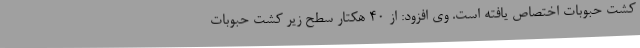
کشت حبوبات اختصاص یافته است. وی افزود: از 40 هکتار سطح زیر کشت حبوبات